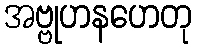
အဗ္ဗုဟနဟေတု